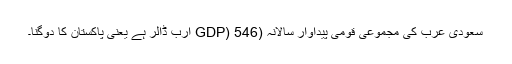
سعودی عرب کی مجموعی قومی پیداوار سالانہ (GDP) 546 ارب ڈالر ہے یعنی پاکستان کا دوگنا۔